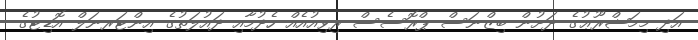
އަދި މިމަޝްރޫޢުގެ ދަށުން ބިޒްނަސް ޕްރޮސެސް ރިވިއުއެއް ހެދުމާއި ދައުލަތުގެ އިންޓަރނަލް އޮޑިޓުގެ